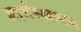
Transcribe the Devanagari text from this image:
मार्गस्थापन